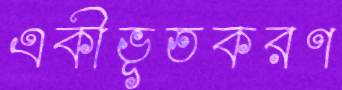
একীভূতকরণ